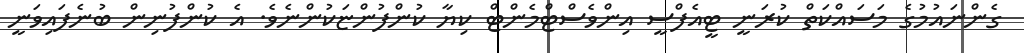
ގެންނައުމުގެ މަސައްކަތް ކުރަނީ ޓީއެފްސީ އިންވެސްޓްމެންޓް ކިޔާ ކުންފުންޏަކުންނެވެ. އެ ކުންފުނިން ބުނެފައިވަނީ